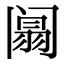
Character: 阘